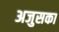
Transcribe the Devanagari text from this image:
अजुसका